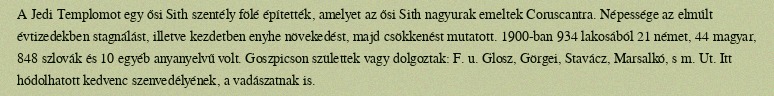
A Jedi Templomot egy ősi Sith szentély fölé építették, amelyet az ősi Sith nagyurak emeltek Coruscantra. Népessége az elmúlt évtizedekben stagnálást, illetve kezdetben enyhe növekedést, majd csökkenést mutatott. 1900-ban 934 lakosából 21 német, 44 magyar, 848 szlovák és 10 egyéb anyanyelvű volt. Goszpicson születtek vagy dolgoztak: F. u. Glosz, Görgei, Stavácz, Marsalkó, s m. Ut. Itt hódolhatott kedvenc szenvedélyének, a vadászatnak is.